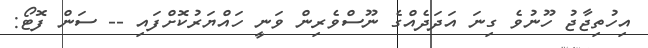
އިހުތިޖާޖު ހޫނުވެ ގިނަ އަދަދެއްގެ ނޫސްވެރިން ވަނީ ހައްޔަރުކޮށްފައި -- ސަން ފޮޓޯ: